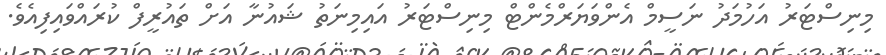
މިނިސްޓަރު އަހުމަދު ނަަސީމް އެންވަޔަރްމެންޓް މިނިސްޓަރު އައިމިނަތު ޝައުނާ އަށް ތައުރީފް ކުރައްވައިފިއެވެ.